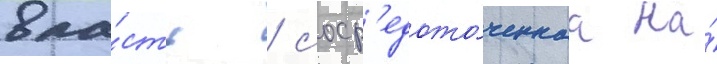
вла́сть / соср'едото́ченнаа на́